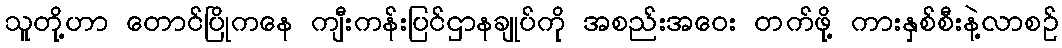
သူတို့ဟာ တောင်ပြိုကနေ ကျီးကန်းပြင်ဌာနချုပ်ကို အစည်းအဝေး တက်ဖို့ ကားနှစ်စီးနဲ့လာစဉ်